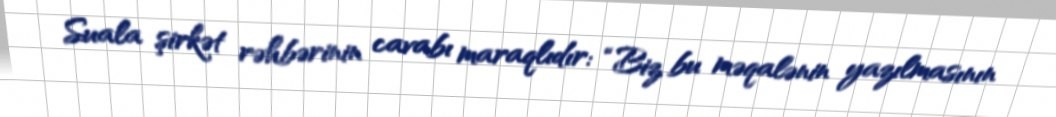
Suala şirkət rəhbərinin cavabı maraqlıdır: “Biz bu məqalənin yazılmasının